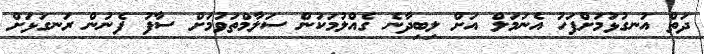
ދަތް އުނގުޅުމަށްފަހު އެނަމަލް އަށް ލިބިދާނެ ގެއްލުމަކުން ސަލާމްތަވުމަށް ސާފު ފެނުން ރަނގަޅަށް